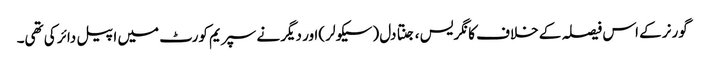
گورنر کے اس فیصلہ کے خلاف کانگریس ، جنتا دل (سیکولر )اور دیگر نے سپریم کورٹ میں اپیل دائر کی تھی۔